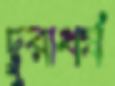
দুরাধর্ষ